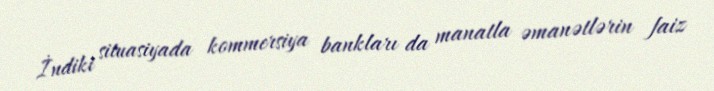
İndiki situasiyada kommersiya bankları da manatla əmanətlərin faiz